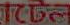
Iba